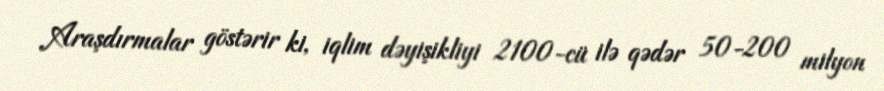
Araşdırmalar göstərir ki, iqlim dəyişikliyi 2100-cü ilə qədər 50-200 milyon